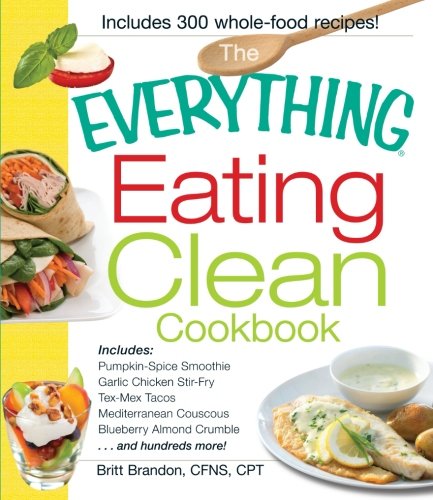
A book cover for The Everything Eating Clean Cookbook: Includes - Pumpkin Spice Smoothie, Garlic Chicken Stir-Fry, Tex-Mex Tacos, Mediterranean Couscous, Blueberry ... hundreds more! (Everything Series); Britt Brandon CFNS  CPT; Cookbooks, Food & Wine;